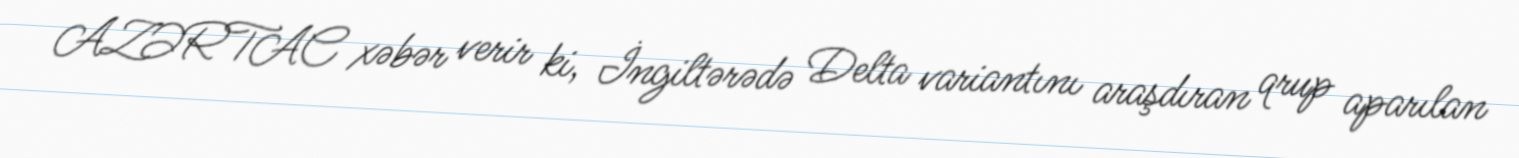
AZƏRTAC xəbər verir ki, İngiltərədə Delta variantını araşdıran qrup aparılan